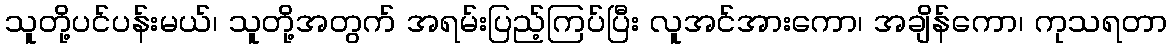
သူတို့ပင်ပန်းမယ်၊ သူတို့အတွက် အရမ်းပြည့်ကြပ်ပြီး လူအင်အားကော၊ အချိန်ကော၊ ကုသရတာ